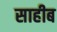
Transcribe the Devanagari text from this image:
साहीब